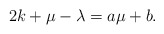
\begin{align*}2k+\mu-\lambda=a\mu+b.\end{align*}